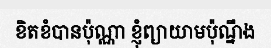
ខិតខំបានប៉ុណ្ណា ខ្ញុំព្យាយាមប៉ុណ្នឹង